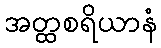
အတ္ထစရိယာနံ